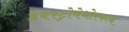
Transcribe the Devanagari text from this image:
डेक्स्ट्रोमेथोरफान